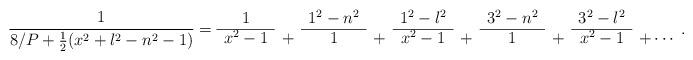
LaTeX: \begin{align*}\frac{1}{8/P+\frac{1}{2}(x^2+l^2-n^2-1)}=\begin{array}{ccccccccccc}1&&1^2-n^2 & & 1^2-l^2 & & 3^2-n^2 & & 3^2-l^2 &\\\cline{1-1}\cline{3-3}\cline{5-5}\cline{7-7}\cline{9-9}\cline{11-11}x^2-1&+&1 & + & x^2-1 & + & 1 & +&x^2-1 & +\cdots\end{array}.\end{align*}